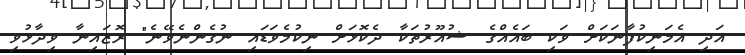
އަދި އެމަނިކުފާނަކަށް ވަކި ބައެއްގެ ޝުއޫރުތަކާ ދެކޮޅަށް ނިކުމެވަޑައި ނުގެންނެވޭނެ" ރޮޒައިނާ ވިދާޅުވި